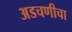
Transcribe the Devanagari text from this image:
अडचणीचा